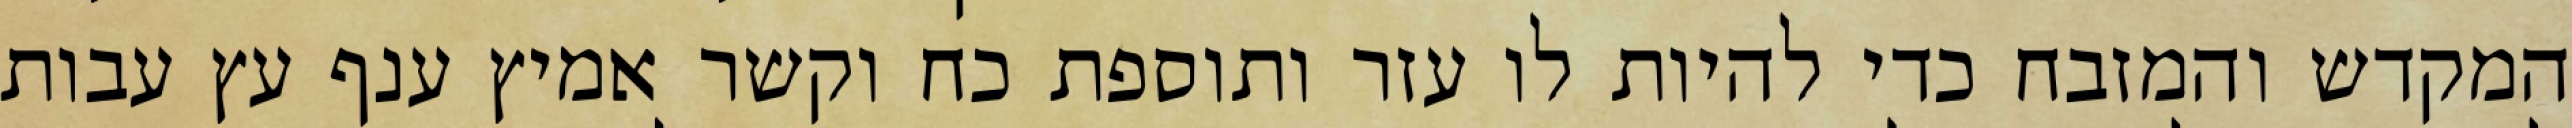
המקדש והמזבח כדי להיות לו עזר ותוספת כח וקשר אמיץ ענף עץ עבות